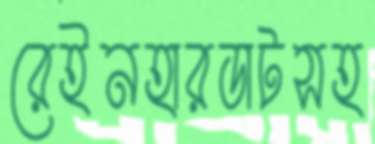
রেইনহারডাটসহ